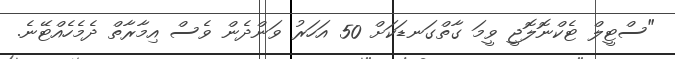
"ސްޓީލް ޓެކްނޮލޮޖީ ވީމަ ގާތްގަނޑަކަށް 50 އަހަރު ވަންދެން ވެސް އިމާރާތް ދެމެހެއްޓޭނެ.